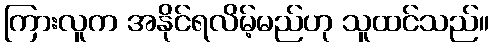
ကြားလူက အနိုင်ရလိမ့်မည်ဟု သူထင်သည်။